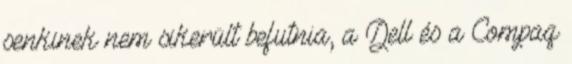
senkinek nem sikerült befutnia, a Dell és a Compaq